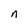
Character: n